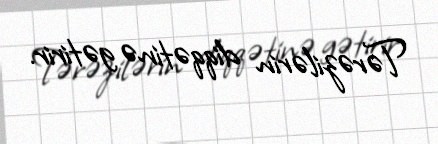
Tərəzilərin diqqətinə gətirir.